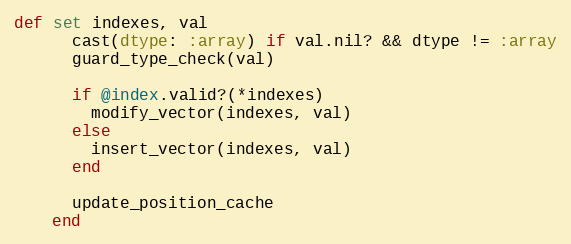
Language: Ruby
def set indexes, val
      cast(dtype: :array) if val.nil? && dtype != :array
      guard_type_check(val)

      if @index.valid?(*indexes)
        modify_vector(indexes, val)
      else
        insert_vector(indexes, val)
      end

      update_position_cache
    end